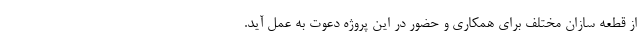
از قطعه سازان مختلف برای همکاری و حضور در این پروژه دعوت به عمل آید.